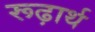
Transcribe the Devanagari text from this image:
रूढ़ार्थ